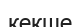
кекше